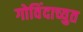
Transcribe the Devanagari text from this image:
गोविंदाच्युत